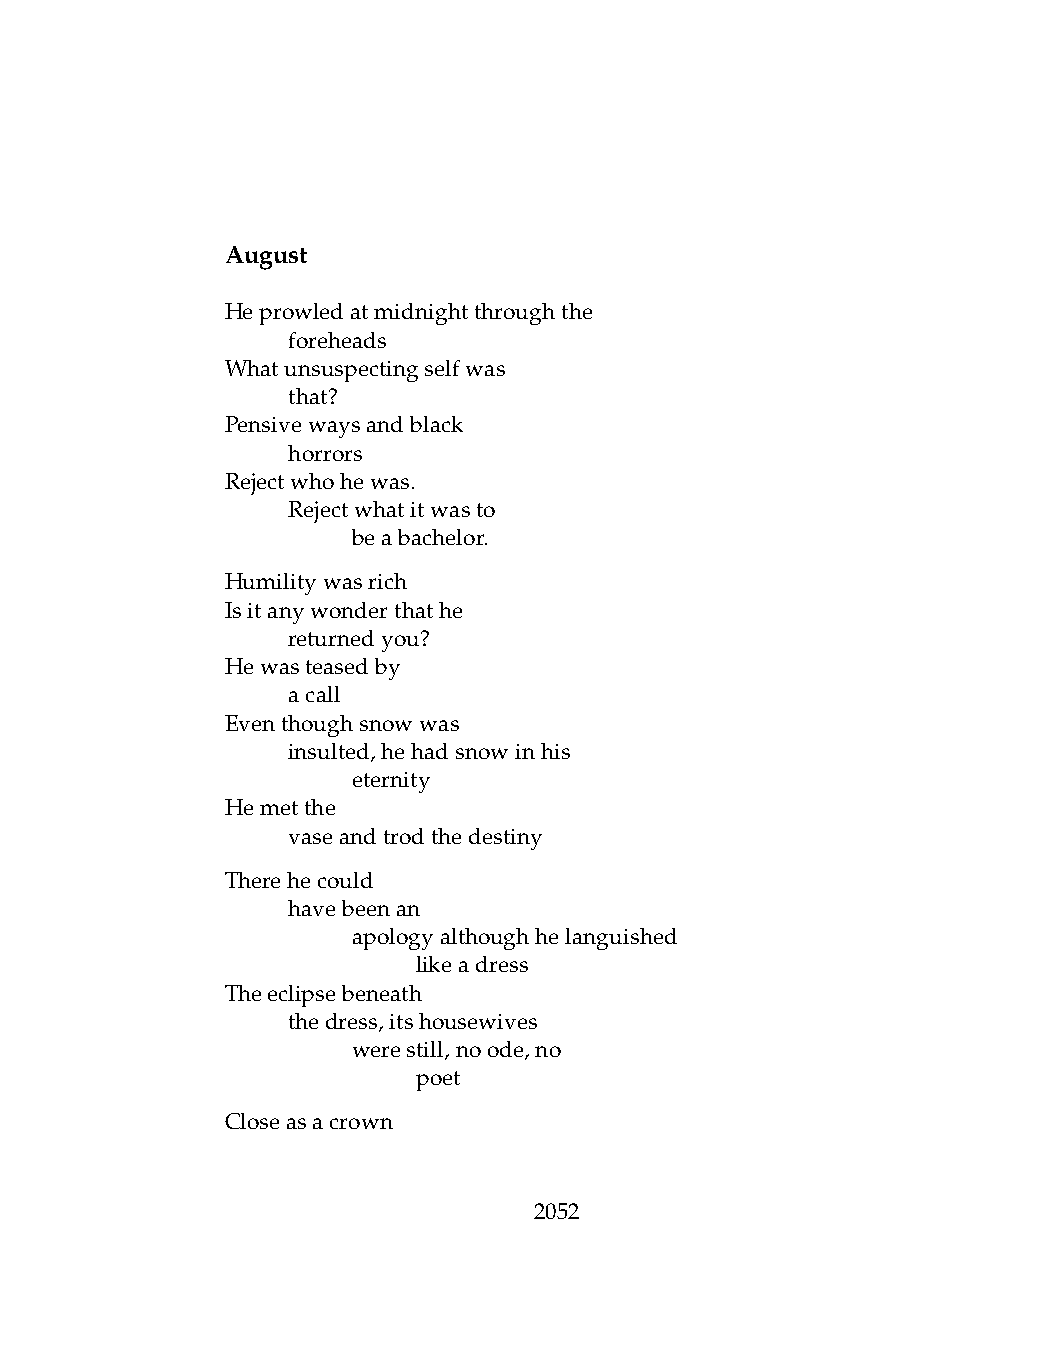
August
 Heprowledatmidnightthroughthe
 .   foreheads
 Whatunsuspectingselfwas
 .   that?
 Pensivewaysandblack
 .   horrors
 Rejectwhohewas.
 .   Rejectwhatitwasto
 .   .   beabachelor.
 Humilitywasrich
 Isitanywonderthathe
 .   returnedyou?
 Hewasteasedby
 .   acall
 Eventhoughsnowwas
 .   insulted,hehadsnowinhis
 .   .   eternity
 Hemetthe
 .   vaseandtrodthedestiny
 Therehecould
 .   havebeenan
 .   .   apologyalthoughhelanguished
 .   .   .    likeadress
 Theeclipsebeneath
 .   thedress,itshousewives
 .   .   werestill,noode,no
 .   .   .    poet
 Closeasacrown
 2052